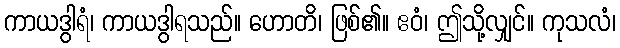
ကာယဒွါရံ၊ ကာယဒွါရသည်။ ဟောတိ၊ ဖြစ်၏။ ဧဝံ၊ ဤသို့လျှင်။ ကုသလံ၊